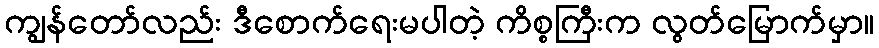
ကျွန်တော်လည်း ဒီစောက်ရေးမပါတဲ့ ကိစ္စကြီးက လွတ်မြောက်မှာ။